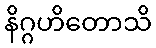
နိဂ္ဂဟိတောသိ